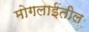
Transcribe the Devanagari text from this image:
मोगलाईतील